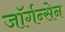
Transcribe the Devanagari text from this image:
जॉर्गन्सेन